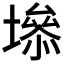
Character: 𡑐